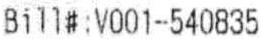
BILL#:V001-540835